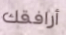
أرافقك